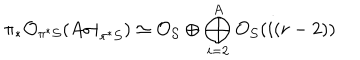
\pi _ { * } { \cal O } _ { \pi ^ { * } { \cal S } } ( A \sigma | _ { \pi ^ { * } { \cal S } } ) \simeq { \cal O } _ { { \cal S } } \oplus \bigoplus _ { i = 2 } ^ { A } { \cal O } _ { { \cal S } } ( i ( r - 2 ) )